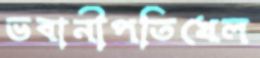
ভবানীপতিখেল